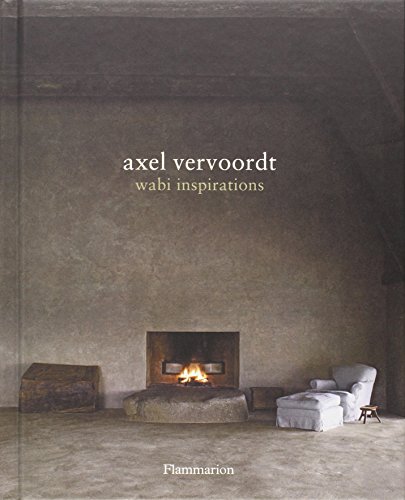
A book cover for Axel Vervoordt: Wabi Inspirations; Axel Vervoordt; Crafts, Hobbies & Home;